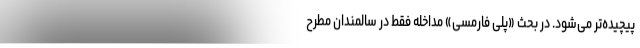
پیچیده‌تر می‌شود. در بحث «پلی فارمسی» مداخله فقط در سالمندان مطرح